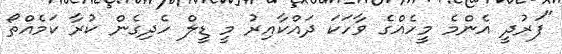
"ފަރުދީ އެންމެ މީހެއްގެ ވާހަކަ ދައްކާއިރު މީ ޑީލް ހެދިގެން ކުރާ ކަމެއްތޯ